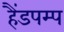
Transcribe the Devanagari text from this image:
हैंडपम्प